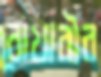
বোখারীর